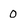
Character: 0